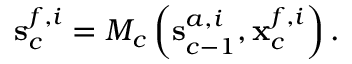
{ \mathbf { s } } _ { c } ^ { f , i } = { \cal { M } } _ { c } \left( { \bf s } _ { c - 1 } ^ { a , i } , { \bf x } _ { c } ^ { f , i } \right) .